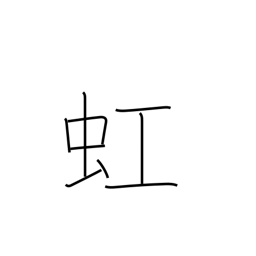
Meaning: rainbow